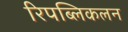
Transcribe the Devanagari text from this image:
रिपब्लिकलन